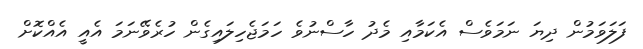
ފަލަވަމުން ދިޔަ ނަމަވެސް އެކަމާއި މެދު ހާސްނުވެ ހަމަޖެހިލައިގެން ހުރެވޭނަމަ އެއީ އެއްކޮށް